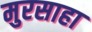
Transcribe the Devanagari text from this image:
मुरसाहा